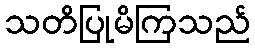
သတိပြုမိကြသည်